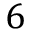
6